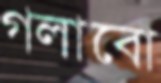
গলাবো